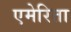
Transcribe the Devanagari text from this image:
एमेरिता